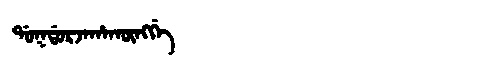
Manchu: ᡩᠣᡴᡩᠣᡵᠵᠠᡥᠠᡴᡡᠩᡤᡝ
Romanization: DOKDORJAHAKŪNGGE